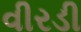
વીરડી